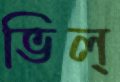
ভিল্